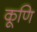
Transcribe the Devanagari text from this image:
कूणि